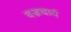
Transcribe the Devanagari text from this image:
वज्रचार्य